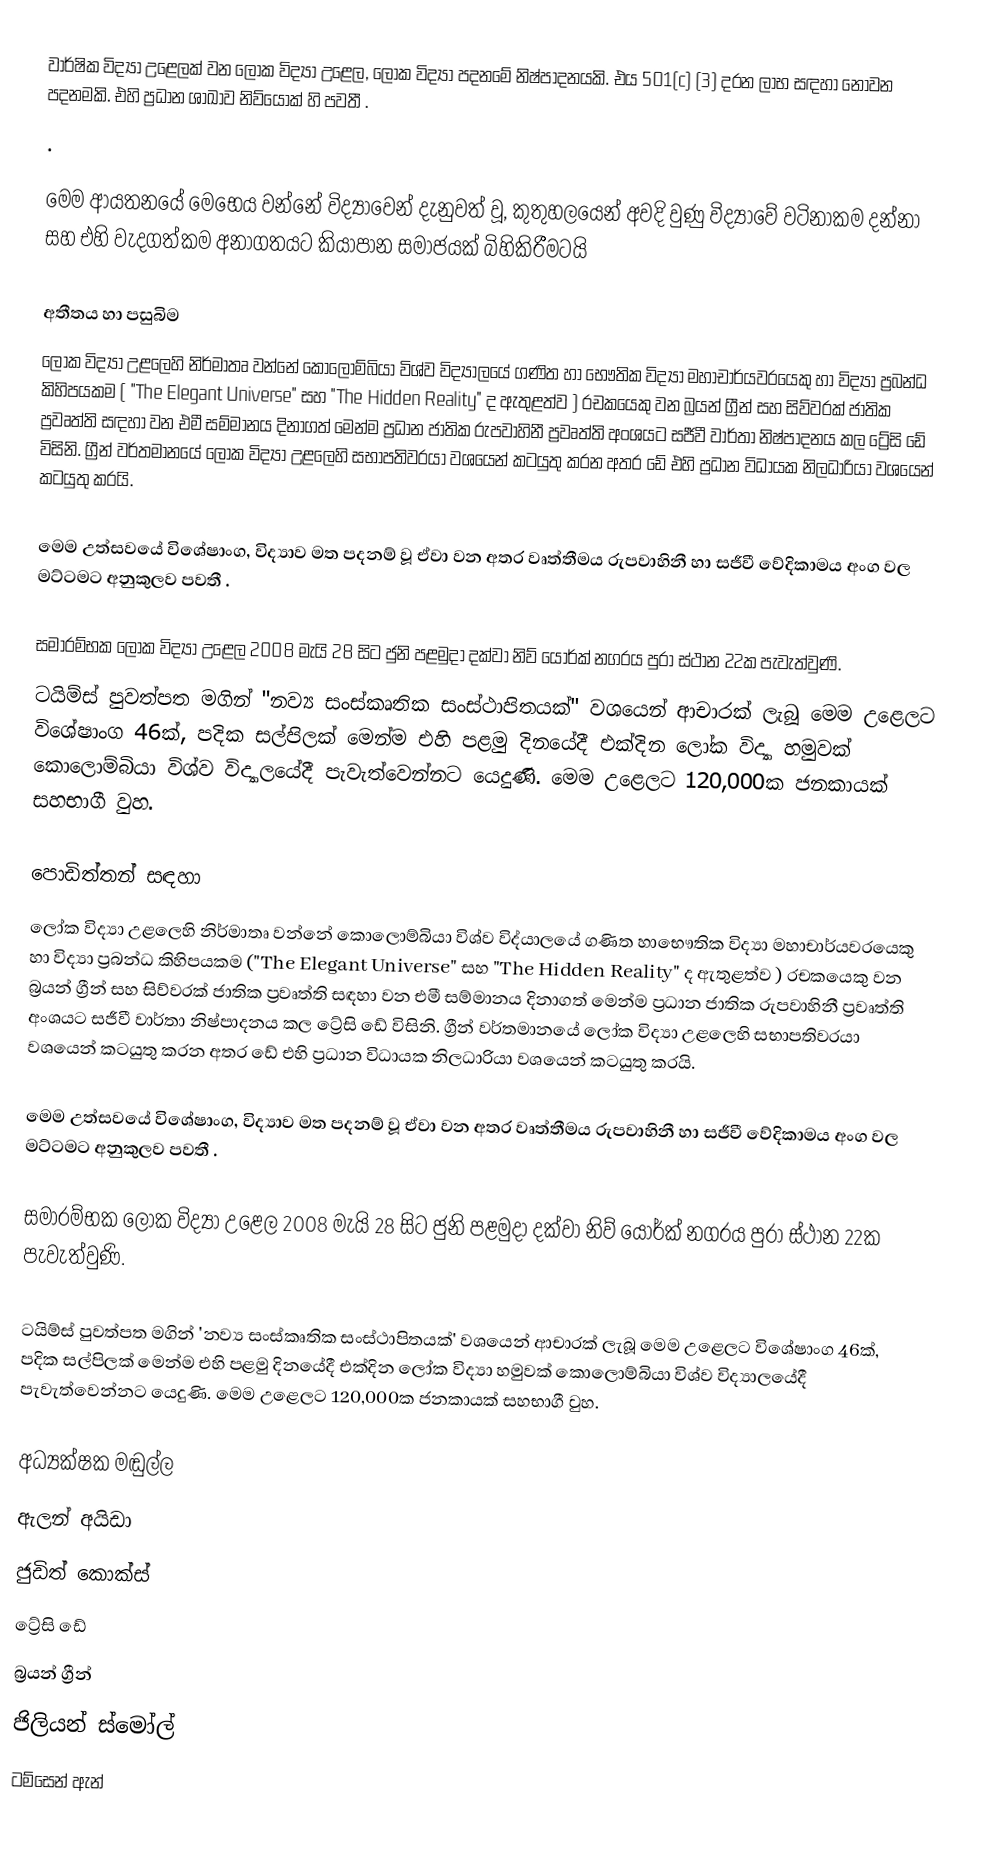
වාර්ෂික විද්‍යා උළෙලක් වන ලෝක විද්‍යා  උළෙල, ලෝක විද්‍යා පදනමේ නිෂ්පාදනයකි.  එය 501(c) (3) දරන ලාභ සඳහා නොවන පදනමකි. එහි ප්‍රධාන ශාඛාව නිව්යෝක් හි පවතී .
.

මෙම ආයතනයේ මෙභෙය වන්නේ විද්‍යාවෙන් දැනුවත් වූ, කුතුහලයෙන් අවදි වුණු විද්‍යාවේ වටිනාකම දන්නා සහ එහි වැදගත්කම අනාගතයට කියාපාන සමාජයක්  බිහිකිරීමටයි

අතීතය හා පසුබිම
ලෝක විද්‍යා  උළලෙහි  නිර්මාතෘ වන්නේ කොලොම්බියා  විශ්ව විද්‍යාලයේ ගණිත  හා භෞතික විද්‍යා මහාචාර්යවරයෙකු හා විද්‍යා ප්‍රබන්ධ කිහිපයකම ( "The Elegant Universe" සහ  "The Hidden Reality" ද  ඇතුළත්ව ) රචකයෙකු  වන  බ්‍රයන් ග්‍රීන්  සහ සිව්වරක් ජාතික ප්‍රවෘත්ති සඳහා  වන එමී සම්මානය දිනාගත්  මෙන්ම ප්‍රධාන ජාතික රුපවාහිනී ප්‍රවෘත්ති අංශයට සජීවී වාර්තා නිෂ්පාදනය කල ට්‍රේසි ඩේ විසිනි. ග්‍රීන්  වර්තමානයේ ලෝක විද්‍යා උළලෙහි සභාපතිවරයා වශයෙන් කටයුතු කරන අතර ඩේ එහි ප්‍රධාන විධායක නිලධාරියා වශයෙන් කටයුතු කරයි.

මෙම උත්සවයේ විශේෂාංග, විද්‍යාව මත පදනම් වූ ඒවා වන අතර වෘත්තීමය  රුපවාහිනී  හා සජීවී වේදිකාමය අංග වල මට්ටමට අනුකුලව පවතී .

සමාරම්භක ලෝක විද්‍යා උළෙල  2008 මැයි 28 සිට ජුනි පළමුදා දක්වා නිව් යෝර්ක් නගරය පුරා ස්ථාන 22ක පැවැත්වුණි.
ටයිම්ස් පුවත්පත මගින් "නව්‍ය සංස්කෘතික සංස්ථාපිතයක්" වශයෙන් ආචාරක් ලැබූ මෙම උළෙලට විශේෂාංග 46ක්, පදික සල්පිලක් මෙන්ම එහි පළමු දිනයේදී එක්දින ලෝක විද්‍යා හමුවක් කොලොම්බියා විශ්ව විද්‍යාලයේදී පැවැත්වෙන්නට යෙදුණි. මෙම උළෙලට 120,000ක ජනකායක් සහභාගී වුහ.

පොඩිත්තන් සඳහා
ලෝක විද්‍යා  උළලෙහි  නිර්මාතෘ වන්නේ කොලොම්බියා  විශ්ව විද්යාලයේ ගණිත  හාභෞතික විද්‍යා මහාචාර්යවරයෙකු හා විද්‍යා ප්‍රබන්ධ කිහිපයකම ("The Elegant Universe" සහ  "The Hidden Reality" ද  ඇතුළත්ව ) රචකයෙකු  වන බ්‍රයන් ග්‍රීන් සහ සිව්වරක් ජාතික ප්‍රවෘත්ති සඳහා  වන එමී සම්මානය දිනාගත්  මෙන්ම ප්‍රධාන ජාතික රුපවාහිනී ප්‍රවෘත්ති අංශයට සජීවී වාර්තා නිෂ්පාදනය කල ට්‍රේසි ඩේ විසිනි. ග්‍රීන්  වර්තමානයේ ලෝක විද්‍යා උළලෙහි සභාපතිවරයා වශයෙන් කටයුතු කරන අතර ඩේ එහි ප්‍රධාන විධායක නිලධාරියා වශයෙන් කටයුතු කරයි.

මෙම උත්සවයේ විශේෂාංග, විද්‍යාව මත පදනම් වූ ඒවා වන අතර වෘත්තීමය  රුපවාහිනී  හා සජීවී වේදිකාමය අංග වල මට්ටමට අනුකුලව පවතී .

සමාරම්භක ලෝක විද්‍යා උළෙල  2008 මැයි 28 සිට ජුනි පළමුදා දක්වා නිව් යෝර්ක් නගරය පුරා ස්ථාන 22ක පැවැත්වුණි.

ටයිම්ස් පුවත්පත මගින් 'නව්‍ය සංස්කෘතික සංස්ථාපිතයක්' වශයෙන් ආචාරක් ලැබූ මෙම උළෙලට විශේෂාංග 46ක්, පදික සල්පිලක් මෙන්ම එහි පළමු දිනයේදී එක්දින ලෝක විද්‍යා හමුවක් කොලොම්බියා විශ්ව විද්‍යාලයේදී පැවැත්වෙන්නට යෙදුණි. මෙම උළෙලට 120,000ක ජනකායක් සහභාගී වුහ.

අධ්‍යක්ෂක මඬුල්ල
 ඇලන් අයිඩා
 ජුඩිත් කොක්ස්
 ට්‍රේසි ඩේ
 බ්‍රයන් ග්‍රීන්
 ජිලියන් ස්මෝල්
 ටම්සෙන් ඇන්